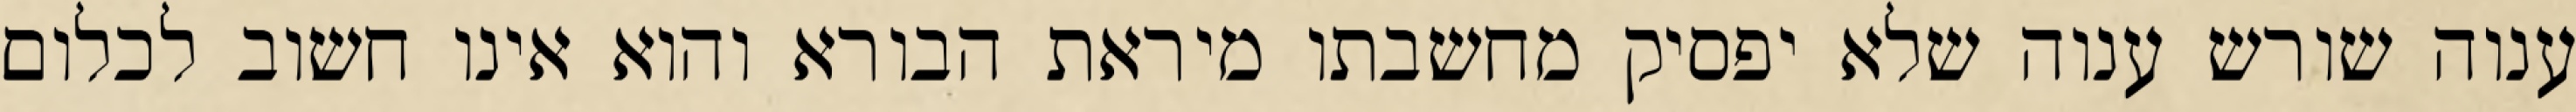
ענוה שורש ענוה שלא יפסיק מחשבתו מיראת הבורא והוא אינו חשוב לכלום